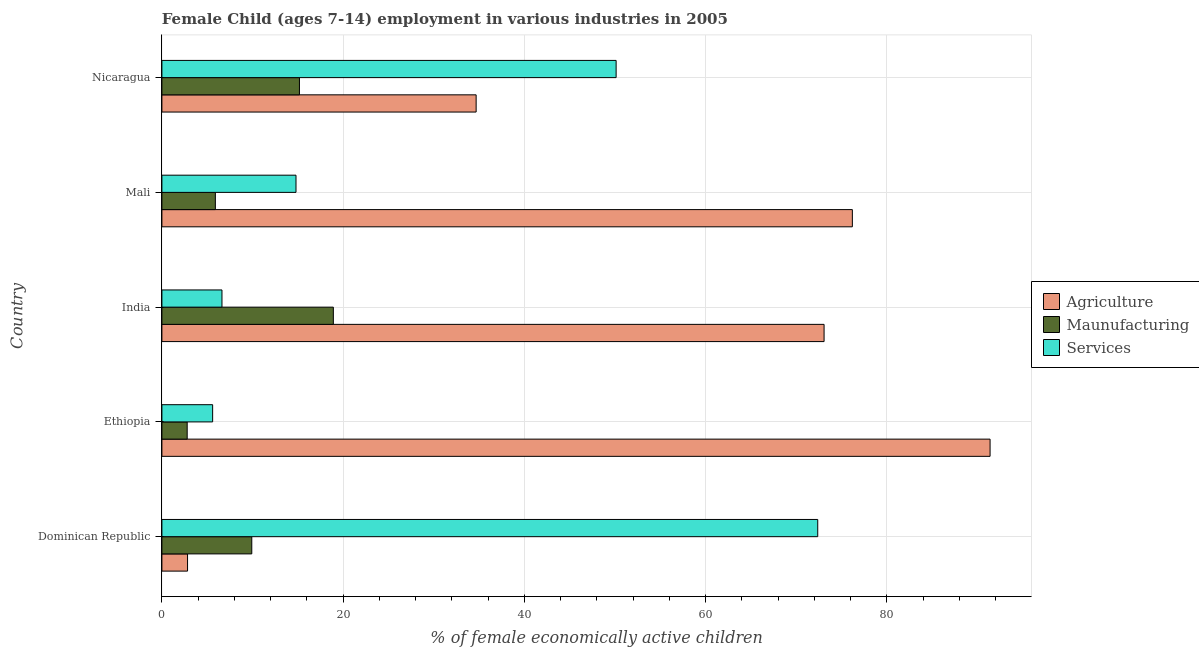
| Country | Agriculture | Maunufacturing | Services |
 | --- | --- | --- | --- |
 | Dominican Republic | 2.83 | 9.92 | 72.4 |
 | Ethiopia | 91.4 | 2.79 | 5.6 |
 | India | 73.1 | 18.9 | 6.63 |
 | Mali | 76.2 | 5.9 | 14.8 |
 | Nicaragua | 34.7 | 15.2 | 50.1 |